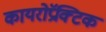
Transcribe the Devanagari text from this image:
कायरोप्रॅक्टिक